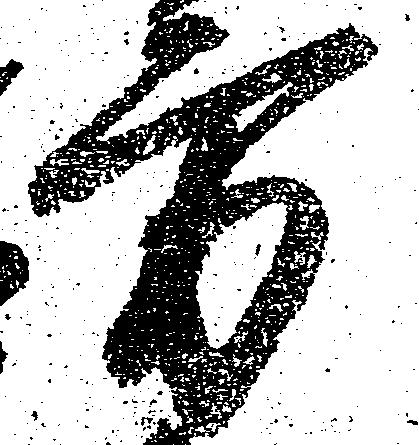
方